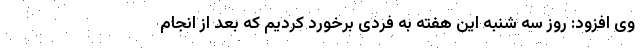
وی افزود: روز سه شنبه این هفته به فردی برخورد کردیم که بعد از انجام